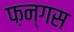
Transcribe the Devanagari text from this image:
फ़न्गस